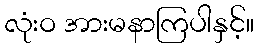
လုံးဝ အားမနာကြပါနှင့်။